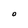
Character: O